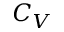
C _ { V }